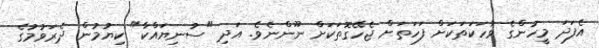
އެފަދަ މީހުންގެ ވާހަކަތަކަށް ފަހަތަށް ޖެހޭގޮތަކަށް ނޫންނެވެ. އަދި "ސުނިޔައްކާ" ކިޔުމުން ދެރަވުމުގެ